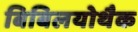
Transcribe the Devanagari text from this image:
बिबिलयोथैक